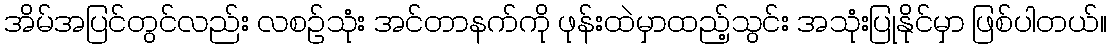
အိမ်အပြင်တွင်လည်း လစဉ်သုံး အင်တာနက်ကို ဖုန်းထဲမှာထည့်သွင်း အသုံးပြုနိုင်မှာ ဖြစ်ပါတယ်။